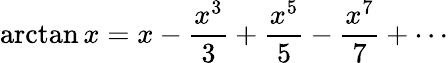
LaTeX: \arctan x=x-{\frac{x^{3}}{3}}+{\frac{x^{5}}{5}}-{\frac{x^{7}}{7}}+\cdots